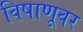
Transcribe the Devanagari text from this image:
विषाणूवर